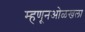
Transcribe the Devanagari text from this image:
म्हणूनओळखला